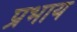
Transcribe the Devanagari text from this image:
प्रभाय